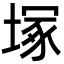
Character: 塚